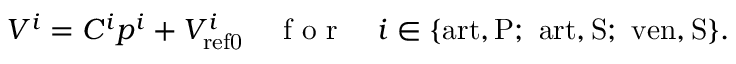
V ^ { i } = C ^ { i } p ^ { i } + V _ { \mathrm { { r e f 0 } } } ^ { i } \quad \mathrm { ~ f ~ o ~ r ~ } \quad i \in \{ \mathrm { a r t , P } ; \ \mathrm { a r t , S } ; \ \mathrm { v e n , S } \} .